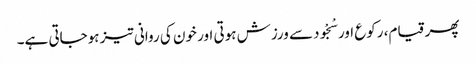
پھر قیام، رکوع اور سْجْودسے ورزش ہوتی اور خون کی روانی تیز ہوجاتی ہے۔